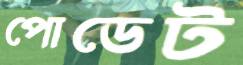
পোডেট